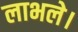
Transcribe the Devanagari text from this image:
लाभले।